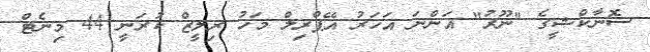
ސޮނާކްޝީގެ "ނޫރު" އަންނަ އަހަރު އޭޕްރިލް މަހު ރިލީޒް ކުރަނީ 44 މިނެޓް